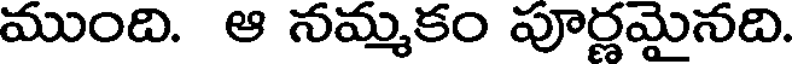
ముంది. ఆ నమ్మకం పూర్ణమైనది.